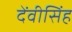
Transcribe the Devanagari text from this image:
देंवीसिंह